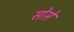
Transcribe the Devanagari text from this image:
सोसें